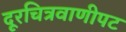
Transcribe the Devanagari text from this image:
दूरचित्रवाणीपट